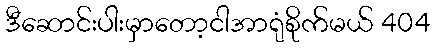
ဒီဆောင်းပါးမှာတော့ငါအာရုံစိုက်မယ် 404